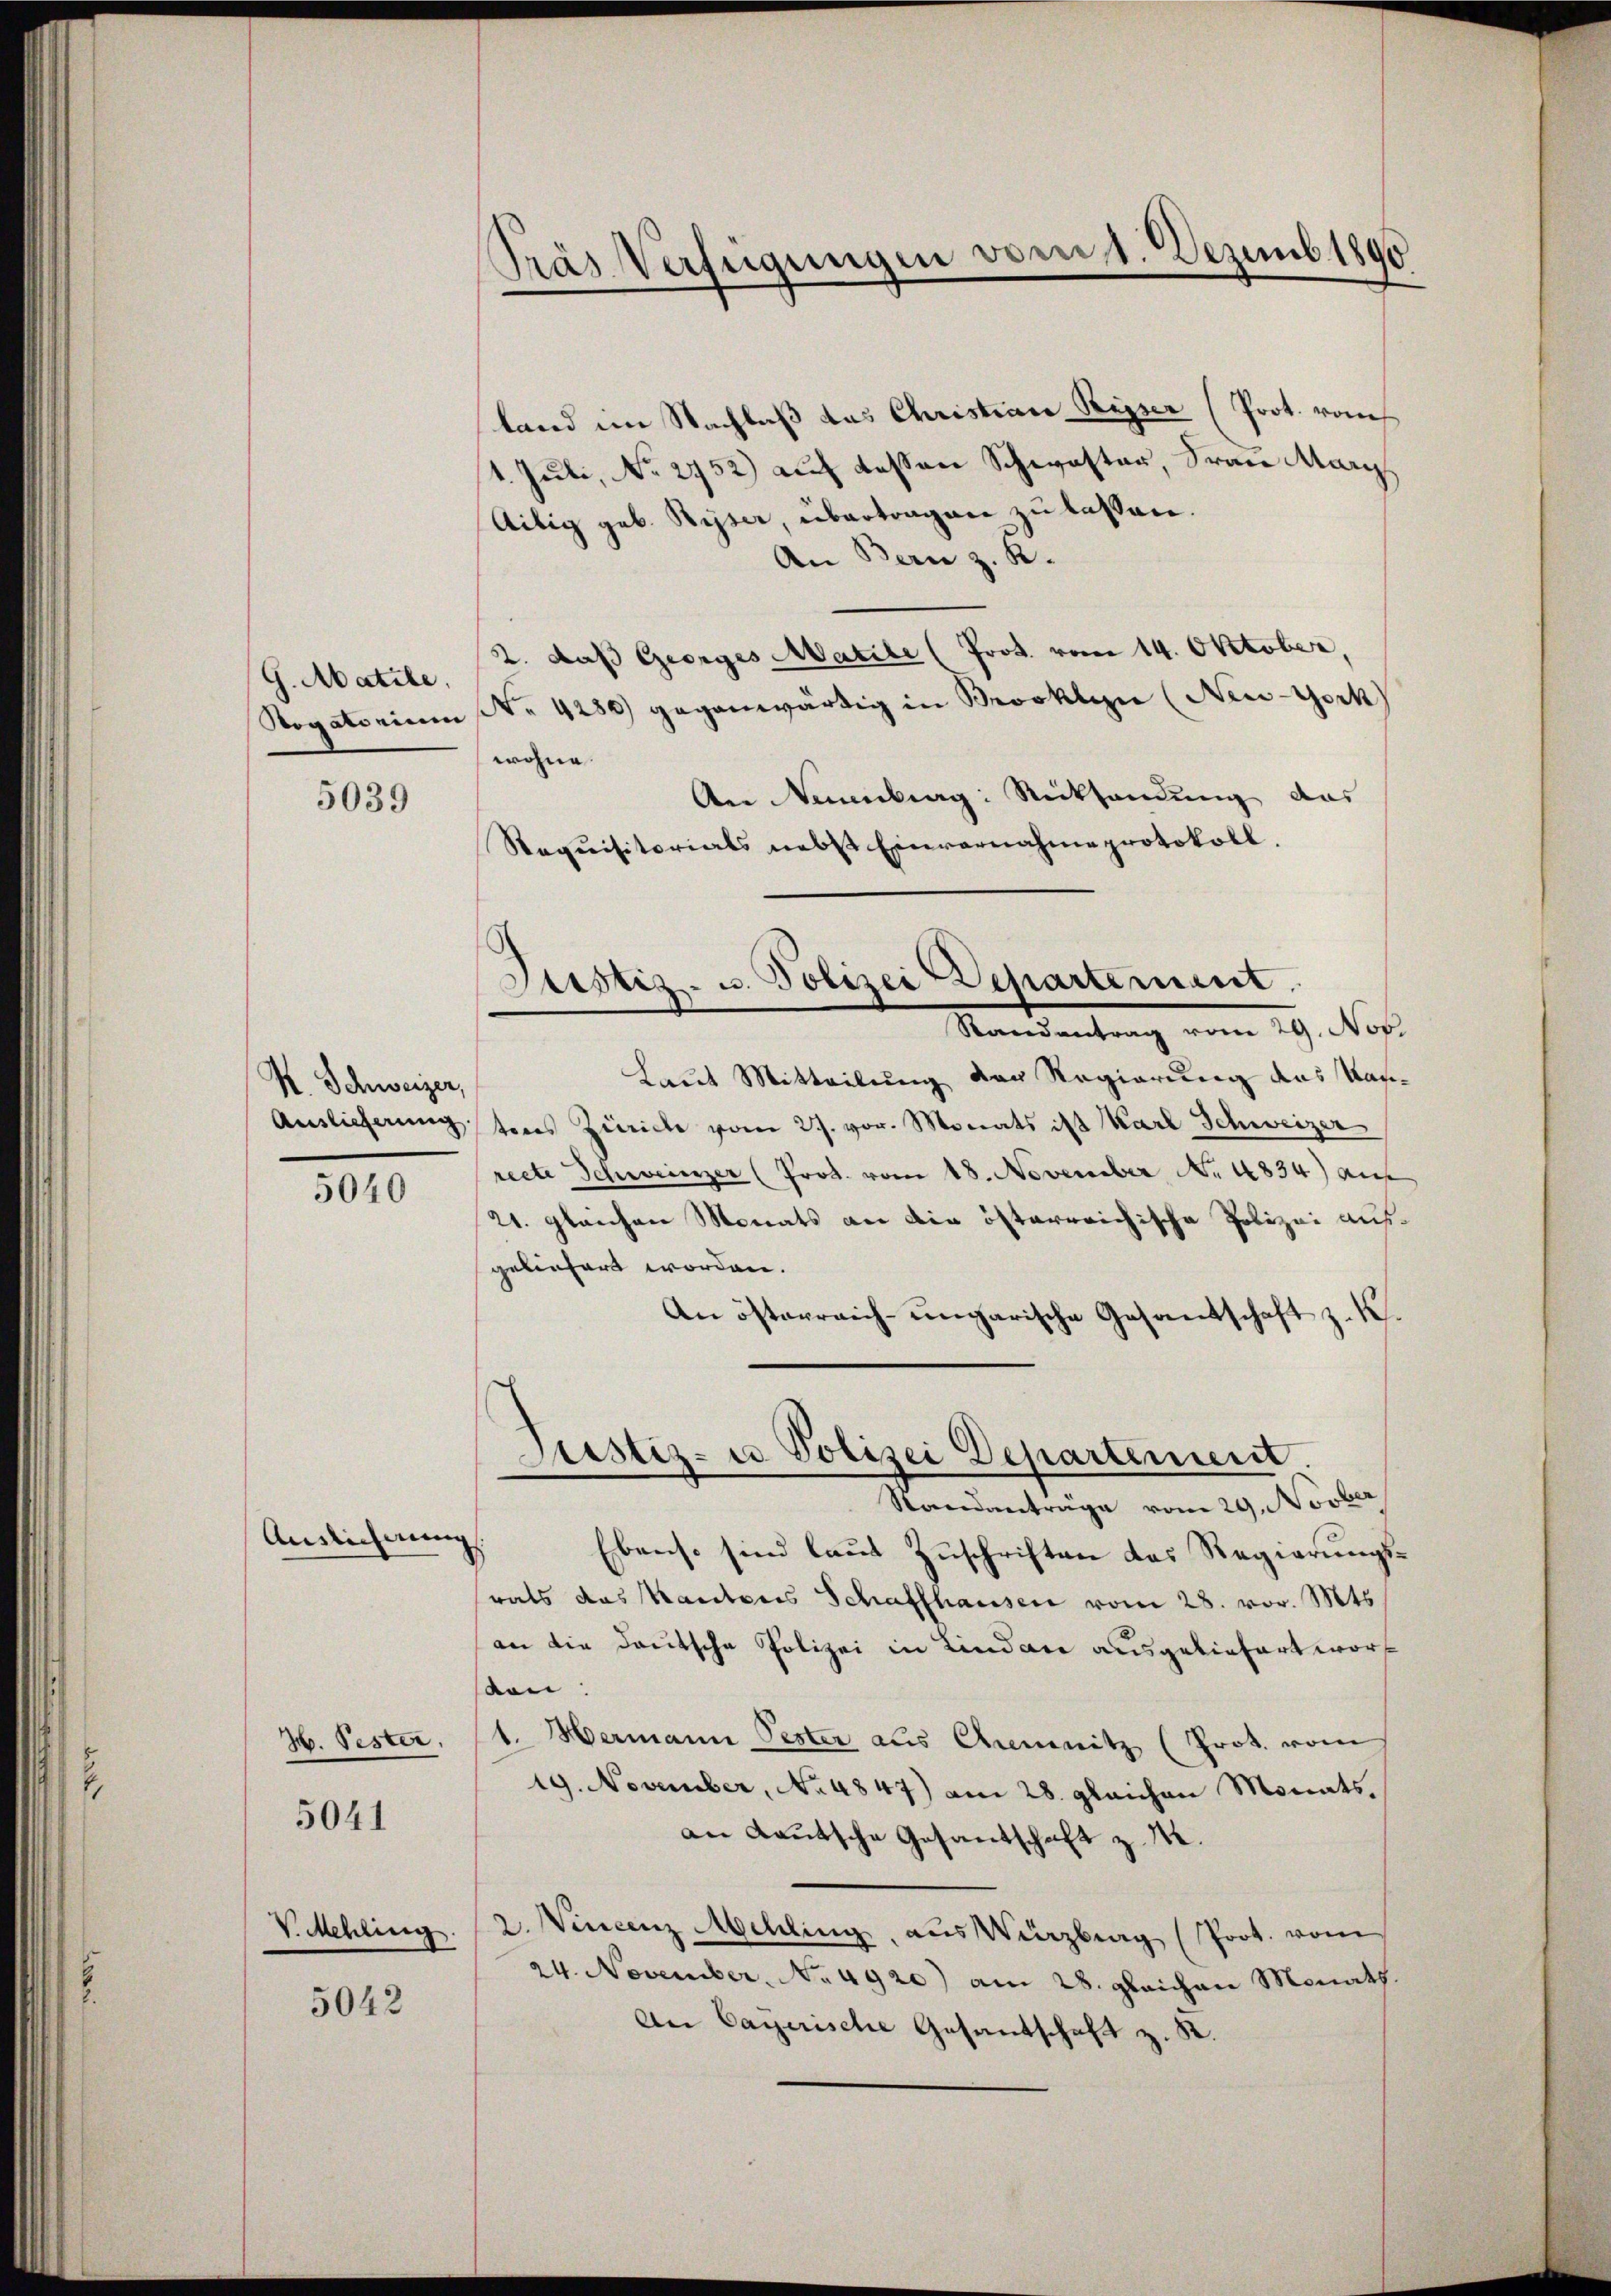
.

G. Matile,

R. Schweizer,

5039

5040

Auslieferen

H. Pester,
5041

V. Mehling.

5042

Pras Verfügungen vom 1. Dezemb. 1890

land im Nachlaß das Christian Piper (Prot. von
1. Juli, No 2752) auf dessen Schwester, Frau Mari
Ailig geb. Ryser, übertragen zu lassen.
An Bern z. B.
2. daß Georges Matile (Prot. vom 14. Oktober,
Sogatorium (Nr. 4280 gegenwärtig in Brooklyn (New-York
wohne.
An Neuenburg: Rücksendung des
Requisitorials nebst Einvernahme protokoll.
Randantrag vom 29. Nov.
Laut Mitteilung der Regierung das Kan¬
Auslieferung tons Zürich vom 27. vor. Monats ist Karl Schweizer
recte Schweinzer (Prot. vom 18. November No. 1834) auf
21. gleichen Monats an die österreichische Polizei ausgeliefert worden.
An österreich-ungarische Gesandschaft z. K.
Justiz- u Polizei Departement
Standanträge vom 29. Novber
Ebenso sind laut Zuschriften das Regierungsrats das Kantons Schaffhausen vom 28. vor. Mts.
an die deutsche Polizei in Lindare ausgeliefert worsen:
1. Hermann Pester aus Chemnitz (Prot. vom
19. November, No 4847) am 28. gleichen Monats.
an Kautsche Gesantschaft z. 12.
2. Wincenz Mehling, aus Würzburg (Prot. vom
24. November. No. 4920) am 28. gleichen Monath.
An Cayerische Gesantschaft z. K.

Justiz- u. Polizei Departement.